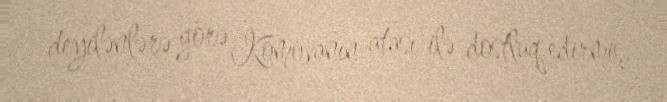
deyilənlərə görə Komovanın atası ilə dostluq edirmiş.